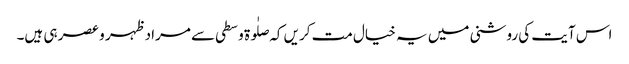
اس آیت کی روشنی میں یہ خیال مت کریں کہ صلٰوۃ وسطی سے مراد ظہر و عصر ہی ہیں۔